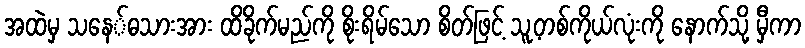
အထဲမှ သနေ်ဓသားအား ထိခိုက်မည်ကို စိုးရိမ်သော စိတ်ဖြင့် သူ့တစ်ကိုယ်လုံးကို နောက်သို့ မှီကာ